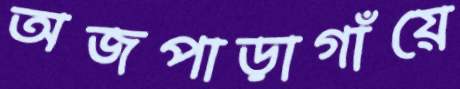
অজপাড়াগাঁয়ে